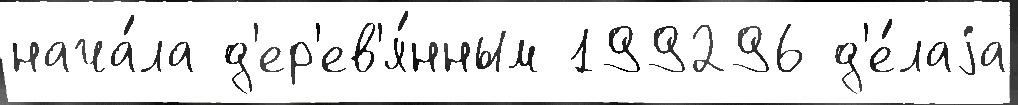
нача́ла д'ер'ев'я́нным 199296 д'е́лаjа